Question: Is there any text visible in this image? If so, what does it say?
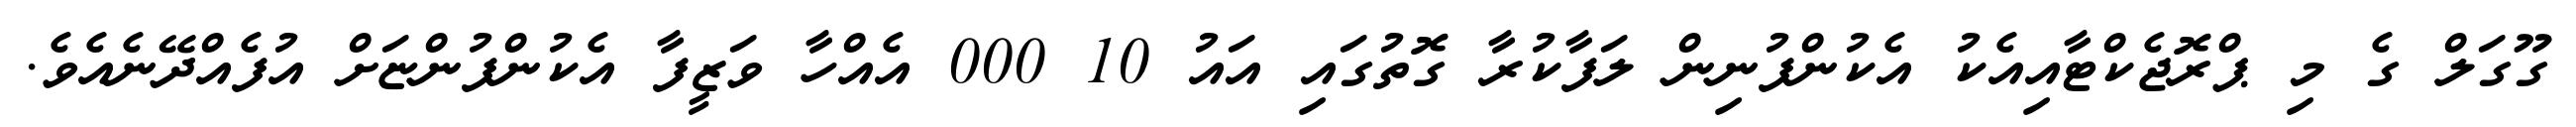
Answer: ގޫގަލް ގެ މި ޕްރޮޖެކްޓާއިއެކު އެކުންފުނިން ލަފާކުރާ ގޮތުގައި އައު 10 000 އެއްހާ ވަޒީފާ އެކުންފުންޏަށް އުފެއްދޭނެއެވެ.